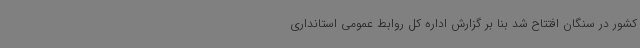
کشور در سنگان افتتاح شد بنا بر گزارش اداره کل روابط عمومی استانداری